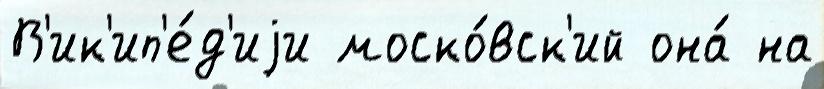
В'ик'ип'е́д'иjи моско́вск'ий она́ на